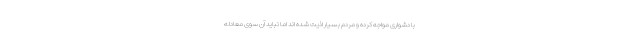
با دشواری مواجه کرده و مردم بسیار اذیت شده اند اما نباید آن سوی معادله